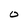
Character: O